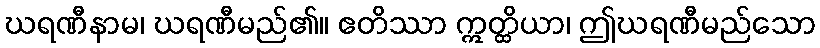
ဃရဏီနာမ၊ ဃရဏီမည်၏။ ဧတိဿာ ဣတ္ထိယာ၊ ဤဃရဏီမည်သော